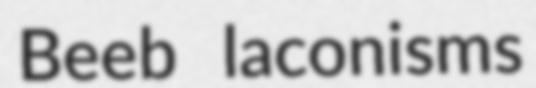
Beeb laconisms